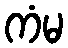
ကံမ